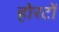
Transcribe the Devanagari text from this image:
होरटों